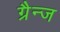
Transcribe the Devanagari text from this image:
ग्रैन्ज